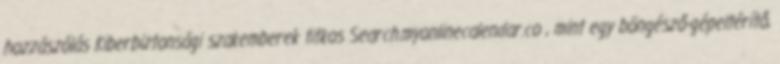
hozzászólás Kiberbiztonsági szakemberek titkos Search.myonlinecalendar.co , mint egy böngésző-gépeltérítő,